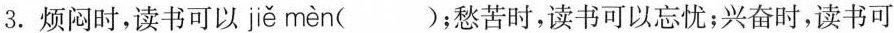
3.烦闷时，读书可以 jiě mèn ()；愁苦时，读书可以忘忧；兴奋时，读书可